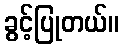
ခွင့်ပြုတယ်။